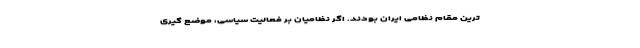
ترین مقام نظامی ایران بودند. اگر نظامیان بر فعالیت سیاسی، موضع گیری